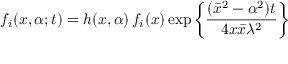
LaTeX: f _ { i } ( x , \alpha ; t ) = h ( x , \alpha ) \, f _ { i } ( x ) \exp \left\{ \frac { ( \bar { x } ^ { 2 } - \alpha ^ { 2 } ) t } { 4 x \bar { x } \lambda ^ { 2 } } \right\}